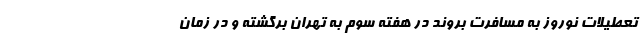
تعطیلات نوروز به مسافرت بروند در هفته سوم به تهران برگشته و در زمان